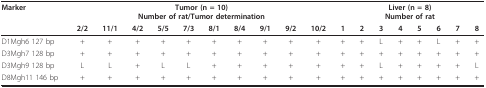
<table><thead><tr><td><b>Marker</b></td><td colspan="10"><b>Tumor (n = 10)Number of rat/Tumor determination</b></td><td colspan="8"><b>Liver (n = 8)Number of rat</b></td></tr><tr><td></td><td><b>2/2</b></td><td><b>11/1</b></td><td><b>4/2</b></td><td><b>5/5</b></td><td><b>7/3</b></td><td><b>8/1</b></td><td><b>8/4</b></td><td><b>9/1</b></td><td><b>9/2</b></td><td><b>10/2</b></td><td><b>1</b></td><td><b>2</b></td><td><b>3</b></td><td><b>4</b></td><td><b>5</b></td><td><b>6</b></td><td><b>7</b></td><td><b>8</b></td></tr></thead><tbody><tr><td>D1Mgh6 127 bp</td><td>+</td><td>+</td><td>+</td><td>+</td><td>+</td><td>+</td><td>+</td><td>+</td><td>+</td><td>+</td><td>+</td><td>+</td><td>L</td><td>+</td><td>+</td><td>L</td><td>+</td><td>+</td></tr><tr><td>D3Mgh7 128 bp</td><td>+</td><td>+</td><td>+</td><td>+</td><td>+</td><td>+</td><td>+</td><td>+</td><td>+</td><td>+</td><td>+</td><td>+</td><td>+</td><td>+</td><td>+</td><td>+</td><td>+</td><td>+</td></tr><tr><td>D3Mgh9 128 bp</td><td>L</td><td>L</td><td>+</td><td>L</td><td>L</td><td>+</td><td>+</td><td>+</td><td>+</td><td>+</td><td>+</td><td>+</td><td>L</td><td>+</td><td>+</td><td>+</td><td>+</td><td>L</td></tr><tr><td>D8Mgh11 146 bp</td><td>+</td><td>+</td><td>+</td><td>+</td><td>+</td><td>+</td><td>+</td><td>+</td><td>+</td><td>+</td><td>+</td><td>+</td><td>+</td><td>+</td><td>+</td><td>+</td><td>+</td><td>+</td></tr></tbody></table>